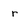
Character: r